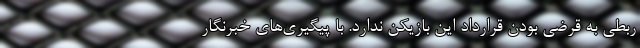
ربطی به قرضی بودن قرارداد این بازیکن ندارد. با پیگیری‌های خبرنگار